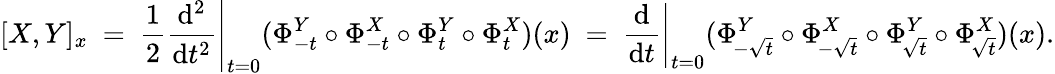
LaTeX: [X,Y]_{x}\ =\ \left.{\frac{1}{2}}{\frac{\mathrm{d}^{2}}{\mathrm{d}t^{2}}}\right|_{t=0}(\Phi_{-t}^{Y}\circ\Phi_{-t}^{X}\circ\Phi_{t}^{Y}\circ\Phi_{t}^{X})(x)\ =\ \left.{\frac{\mathrm{d}}{\mathrm{d}t}}\right|_{t=0}(\Phi_{\! -{\sqrt{t}}}^{Y}\circ\Phi_{\! -{\sqrt{t}}}^{X}\circ\Phi_{\! {\sqrt{t}}}^{Y}\circ\Phi_{\! {\sqrt{t}}}^{X})(x).